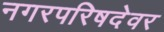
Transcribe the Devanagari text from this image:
नगरपरिषदेवर